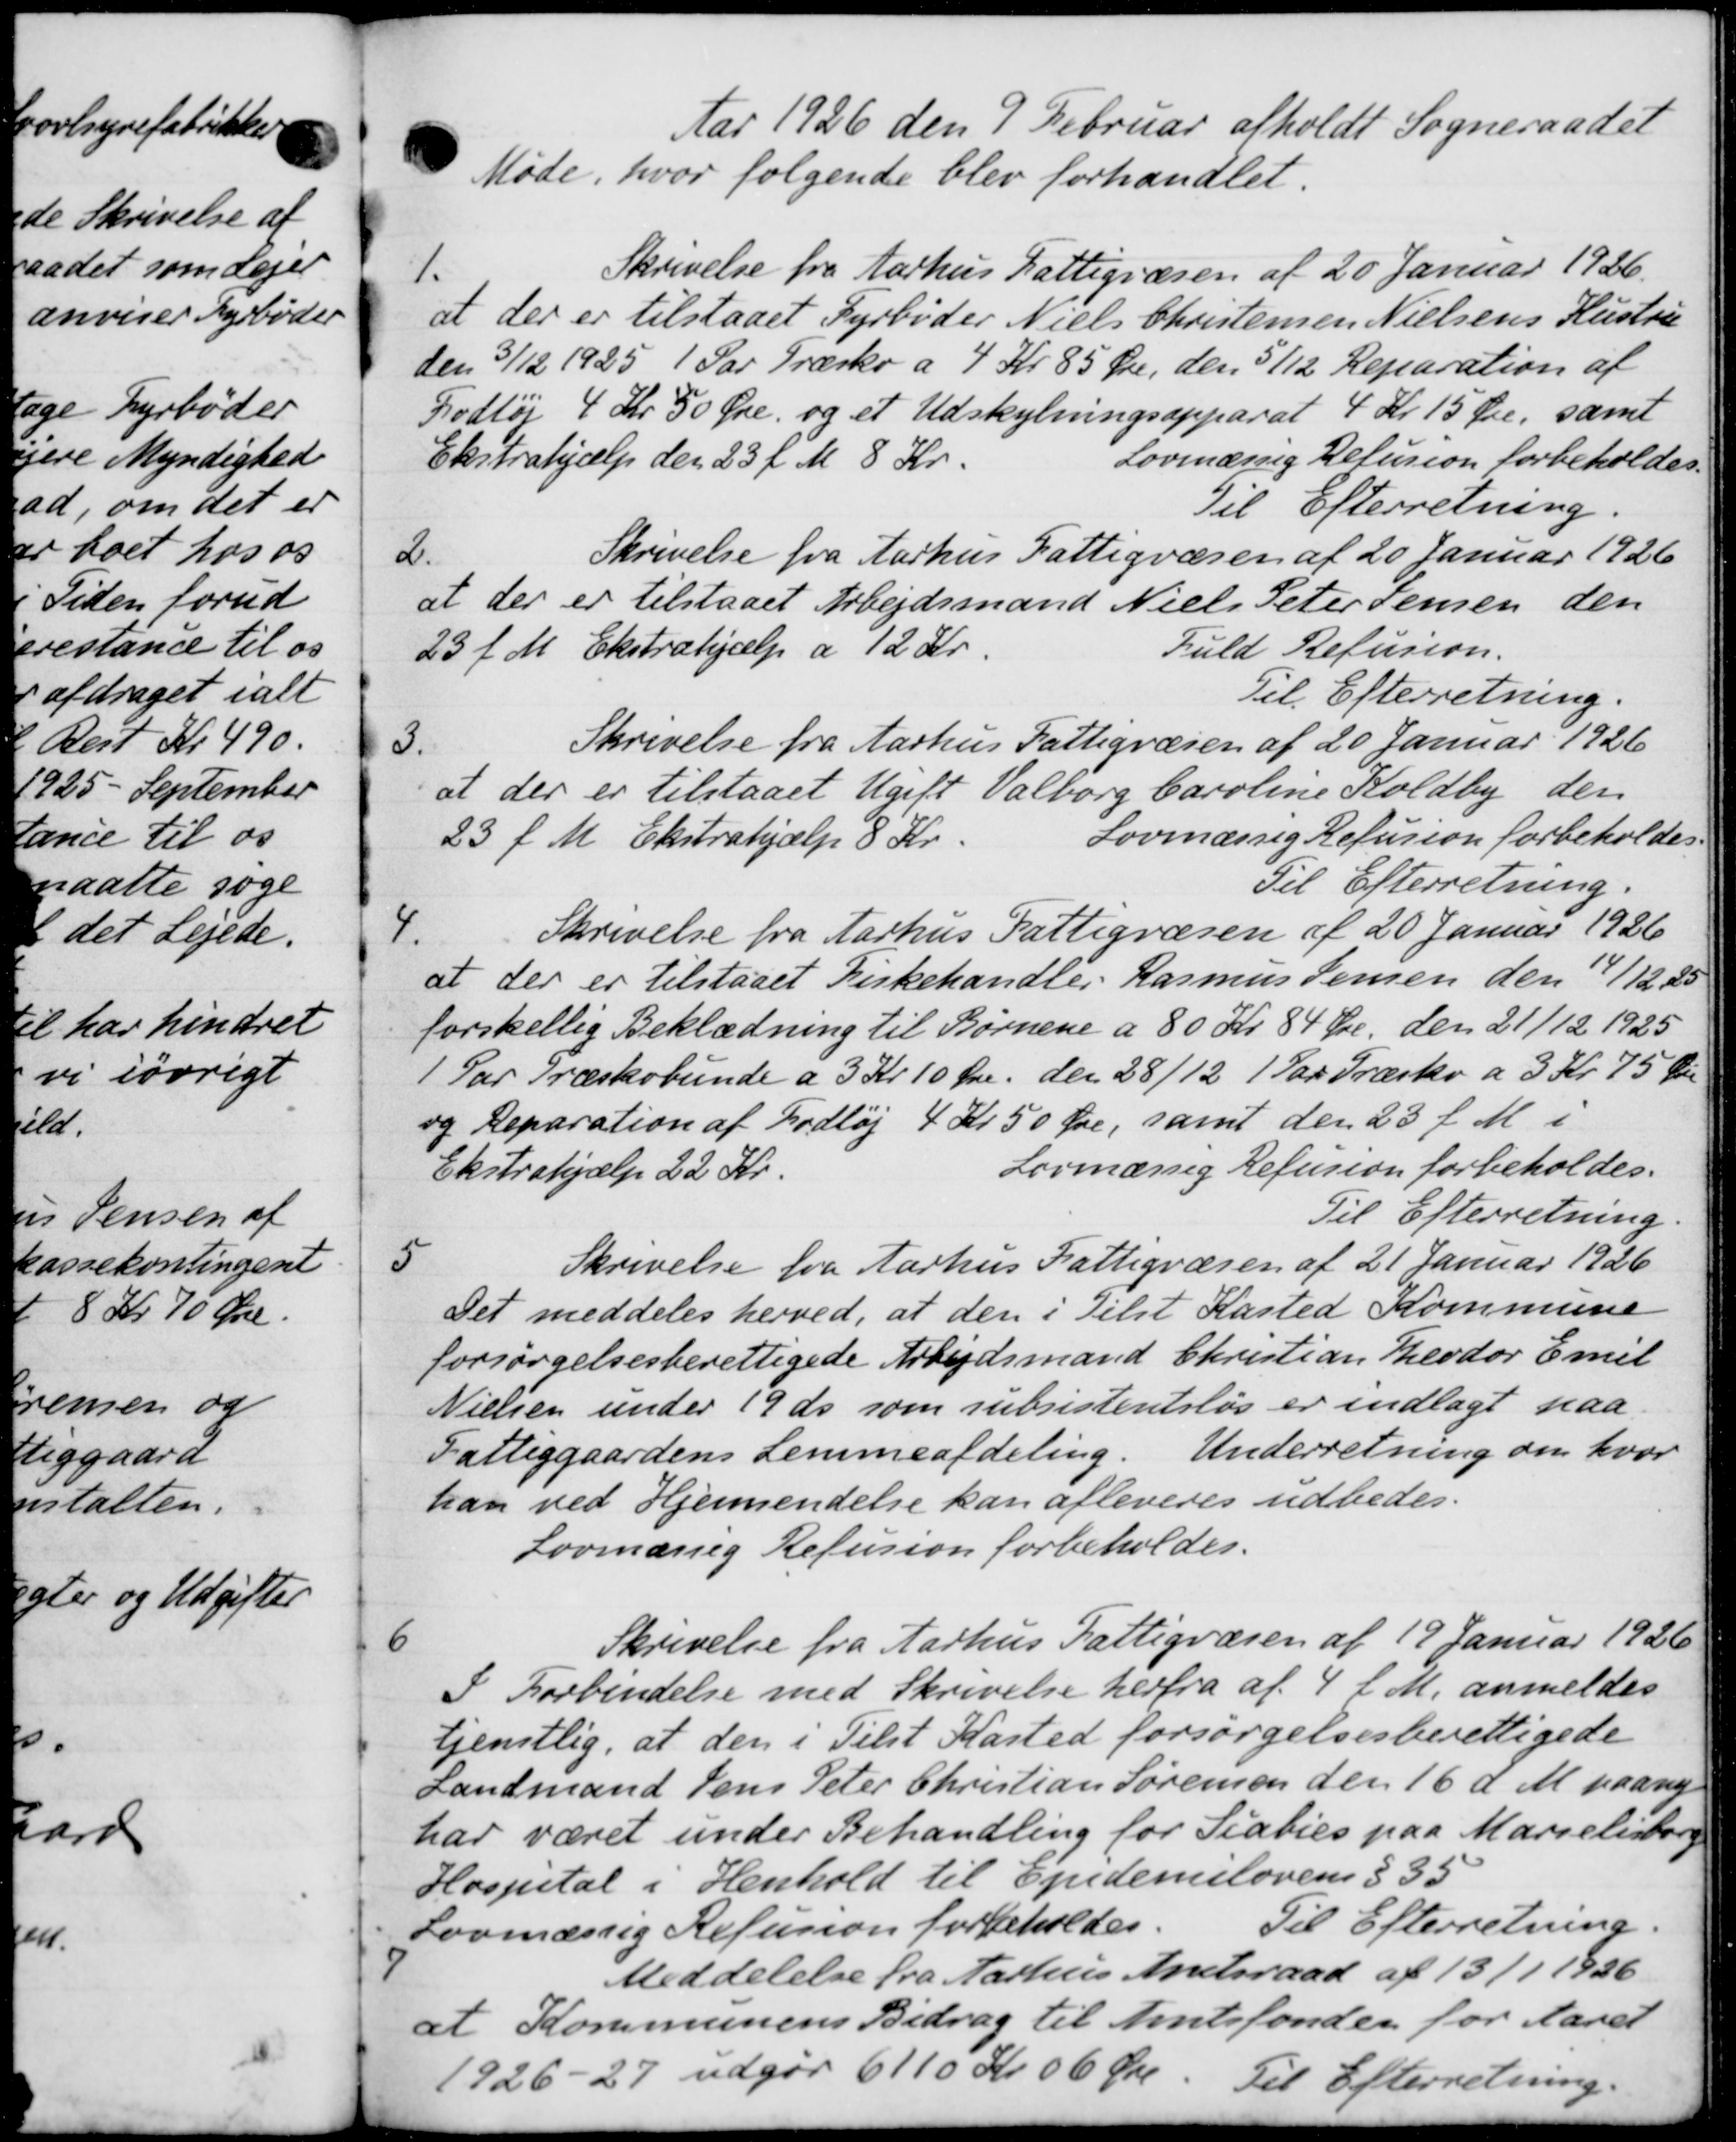
Transskription:
Aar 1926 den 9 Februar afholdt Sogneraadet
Møde, hvor følgende blev forhandlet.
1.
Skrivelse fra Aarhus Fattigvæsen af 20 Januar 1926.
at der er tilstaaet Fyrbøder Niels Christensen Nielsens Hustru
den 3/12 1925 1 Par Træsko a 4 Kr 85 Øre, den 5/12 Reparation af
Fodtøj 4 Kr 50 Øre og et Udskylningsapparat 4 Kr 15 Øre, samt
Lovmæssig Refusion forbeholdes.
Ekstrahjælp den 23 f. M. 8 Kr.
Til Efterretning
2.
Skrivelse fra Aarhus Fattigvæsen af 20 Januar 1926
at der er tilstaaet Arbejdsmand Niels Peter Jensen den
Fuld Refusion.
23 f. M. Ekstrahjælp a 12 Kr.
Til Efterretning.
3.
Skrivelse fra Aarhus Fattigvæsen af 20 Januar 1926
at der er tilstaaet Ugift Valborg Caroline Koldby den
Lovmæssig Refusion forbeholdes.
23 f. M. Ekstrahjælp 8 Kr.
Til Efterretning.
4
Skrivelse fra Aarhus Fattigvæsen af 20 Januar 1926
at der er tilstaaet Kirkehandler Rasmus Jensen den 14/12 25
forskellig Beklædning til Børnene a 80 Kr. 84 Øre, den 21/12 1925
1 Par Træskobunde a 3 Kr 10 Øre den 28/12 1 Par Træsko a 3 Kr. 75 Øre
og Reparation af Fodtøj 4 Kr 50 Øre, samt den 28 f. M. i
Ekstrahjælp 22 Kr.
Lovmæssig Refusion forbeholdes.
Til Efterretning.
Skrivelse fra Aarhus Fattigvæsen af 21 Januar 1926
5
Det meddeles herved, at den i Tilst Kasted Kommune
forsørgelsesberettigede Arbejdsmand Christian Theodor Emil
Nielsen under 19 ds som subsistentsløs er indlagt paa
Fattiggaardens Lemmeafdeling. Underretning om hvor
han ved Hjemsendelse kan afleveres udbedes.
Lovmæssig Refusion forbeholdes.
Skrivelse fra Aarhus Fattigvæsen af 19 Januar 1926
6
I Forbindelse med Skrivelse herfra af 4 f. M. anmeldes
tjenstlig, at den i Tilst Kasted forsørgelsesberettigede
Landmand Jens Peter Christian Sørensen den 16 d. M. paany
har været under Behandling for Siobies paa Marielisborg
Hospital i Henhold til Ejndemilovens § 35
Til Efterretning.
Lovmæssig Refusion forbeholdes.
7.
Meddelelse fra Aarhus Amtsraad af 13/1 1926
at Kommunens Bidrag til Amtsfonden for Aaret
1926 - 27 udgør 6110 Kr. 06 Øre. Til Efterretning.